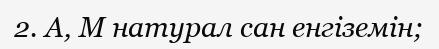
2. А, М натурал сан енгіземін;